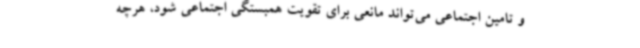
و تامین اجتماعی می‌تواند مانعی برای تقویت همبستگی اجتماعی شود، هرچه